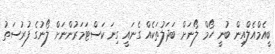
ބީއެމްއެލްއިން ބުނީ ހޯމް ލޯނަށް ބަދަލުތަކެއް ގެނައީ ގިނަ ކަސްޓަމަރުންނަށް ލޯނުގެ ފުރުސަތު